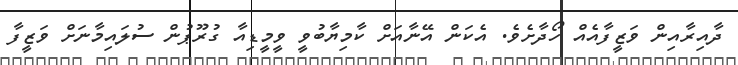
ދާއިރާއިން ވަޒީފާއެއް ހޯދާށެވެ. އެކަން އޭނާއަށް ކާމިޔާބުވީ ވީމީޑިއާ ގުރޫޕުން ސުލައިމާނަށް ވަޒީފާ